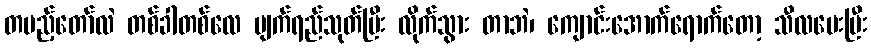
တပည့်တော်လဲ တစ်ခါတစ်လေ မျက်ရည်သုတ်ပြီး လိုက်သွား တာဘဲ၊ ကျောင်းအောက်ရောက်တော့ သီလပေးပြီး